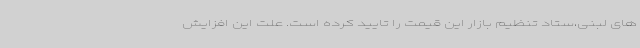
های لبنی،ستاد تنظیم بازار این قیمت را تایید کرده است. علت این افزایش